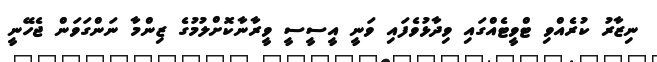
ނިޒާރު ކުރެއްވި ޓްވީޓެއްގައި ވިދާޅުވެފައި ވަނީ އީސީސީ ވީރާނާކޮށްލުމުގެ ޒިންމާ ނަންގަވަން ޖެހޭނީ